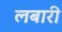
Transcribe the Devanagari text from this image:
लबारी